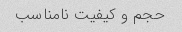
حجم و کیفیت نامناسب